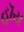
હૉય